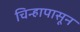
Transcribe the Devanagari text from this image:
चिन्हापासून